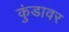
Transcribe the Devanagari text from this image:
कुंडावर